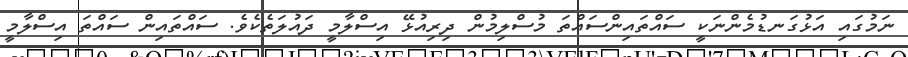
ނަމުގައި އަޅުގަނޑުމެންނަކީ ސައްތައިންސައްތަ މުސްލިމުން ދިރިއުޅޭ އިސްލާމީ ދައުލަތެކެވެ. ސައްތައިން ސައްތަ އިސްލާމީ